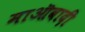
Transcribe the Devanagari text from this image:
माऒवादी